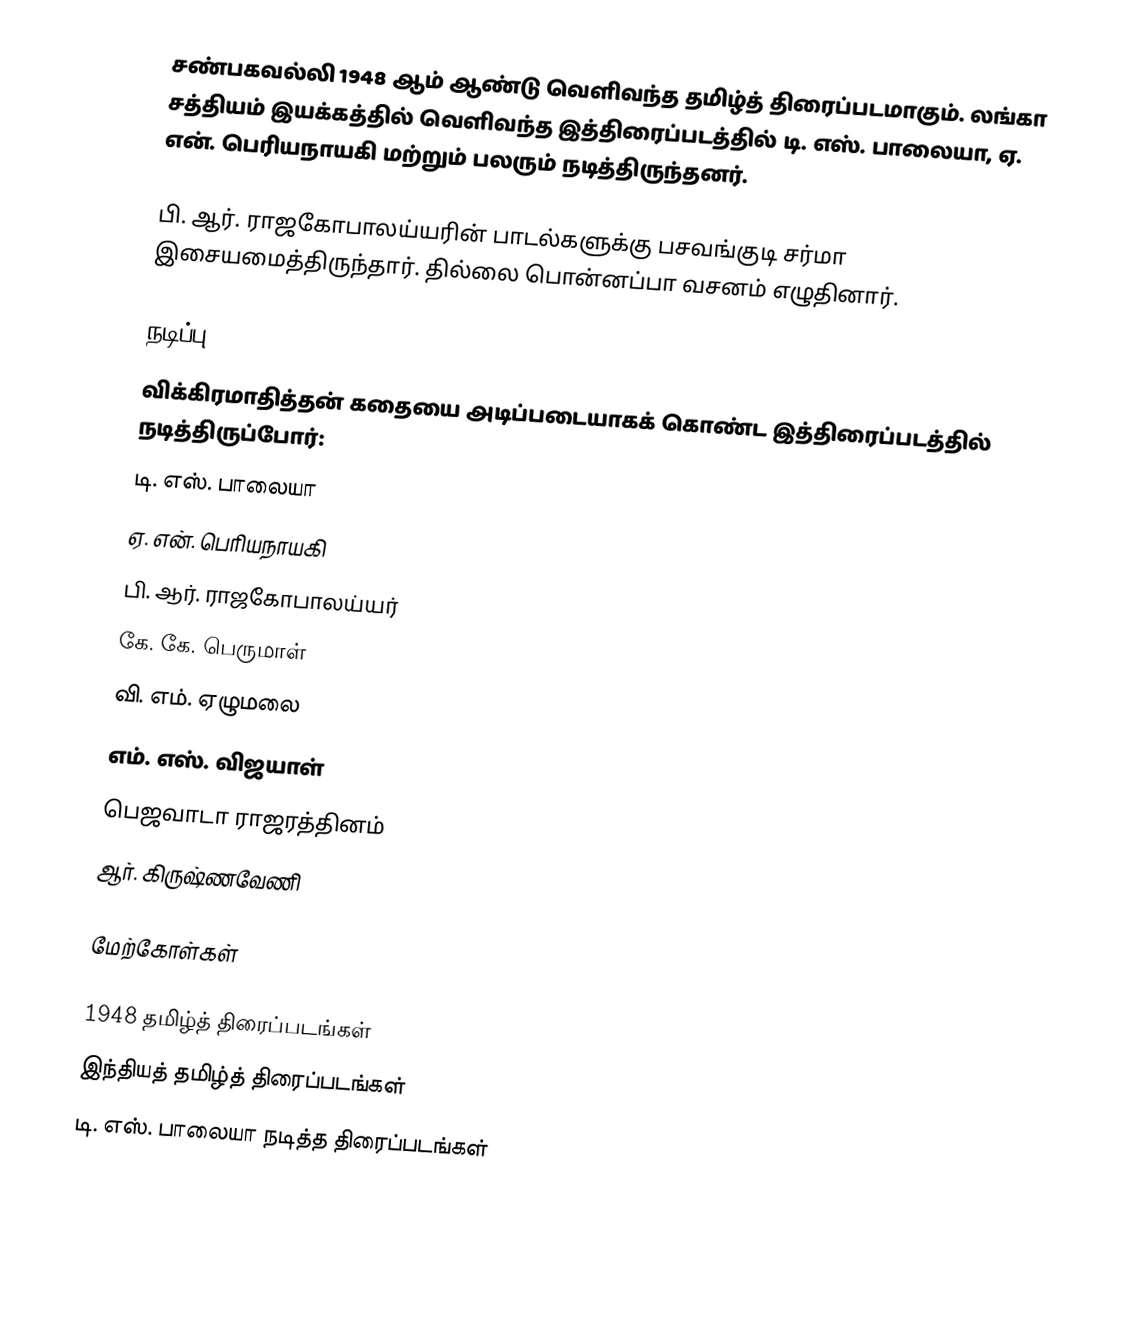
சண்பகவல்லி 1948 ஆம் ஆண்டு வெளிவந்த தமிழ்த் திரைப்படமாகும். லங்கா சத்தியம் இயக்கத்தில் வெளிவந்த இத்திரைப்படத்தில் டி. எஸ். பாலையா, ஏ. என். பெரியநாயகி மற்றும் பலரும் நடித்திருந்தனர்.

பி. ஆர். ராஜகோபாலய்யரின் பாடல்களுக்கு பசவங்குடி சர்மா இசையமைத்திருந்தார். தில்லை பொன்னப்பா வசனம் எழுதினார்.

நடிப்பு
விக்கிரமாதித்தன் கதையை அடிப்படையாகக் கொண்ட இத்திரைப்படத்தில் நடித்திருப்போர்:
டி. எஸ். பாலையா
ஏ. என். பெரியநாயகி
பி. ஆர். ராஜகோபாலய்யர்
கே. கே. பெருமாள்
வி. எம். ஏழுமலை
எம். எஸ். விஜயாள்
பெஜவாடா ராஜரத்தினம்
ஆர். கிருஷ்ணவேணி

மேற்கோள்கள்

1948 தமிழ்த் திரைப்படங்கள்
இந்தியத் தமிழ்த் திரைப்படங்கள்
டி. எஸ். பாலையா நடித்த திரைப்படங்கள்